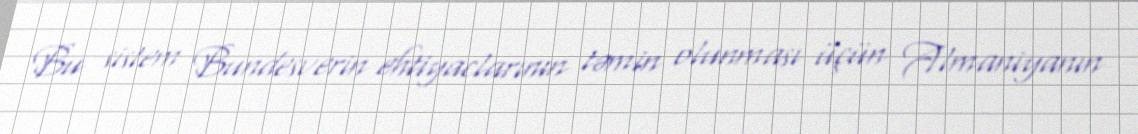
Bu sistem Bundesverin ehtiyaclarının təmin olunması üçün Almaniyanın